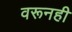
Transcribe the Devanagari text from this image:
वरूनही